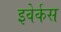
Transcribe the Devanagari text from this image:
इवेर्कस